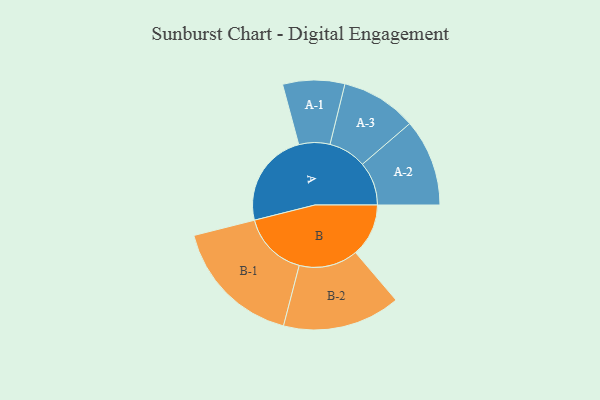
{"axis": {"x": "Segment", "y": "Value"}, "legend": ["", "A", "B"], "data": [{"x": "A", "y": 372, "type": ""}, {"x": "B", "y": 207, "type": ""}, {"x": "A-1", "y": 121, "type": "A"}, {"x": "A-2", "y": 170, "type": "A"}, {"x": "A-3", "y": 148, "type": "A"}, {"x": "B-1", "y": 256, "type": "B"}, {"x": "B-2", "y": 230, "type": "B"}]}